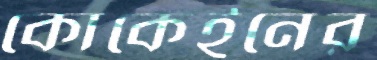
কোকেইনের